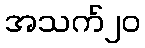
အသက်၂၀